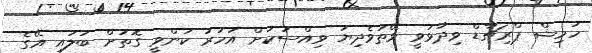
ހަމިޝް ޕްރިޗާޑް ވިދާޅުވީ ވޭތުވެދިޔަ ވިއްސަކަށް އަހަރު ކަންވީ ގޮތަށް ބަލައި އޭގެ